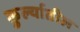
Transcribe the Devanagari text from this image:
कुर्ल्यातील